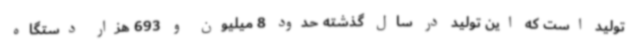
تولید است که این تولید در سال گذشته حدود 8 میلیون و 693 هزار دستگاه